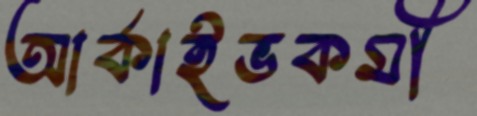
আর্কাইভকর্মী